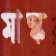
মাস্ক